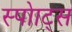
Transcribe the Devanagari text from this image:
स्पोाट्स